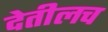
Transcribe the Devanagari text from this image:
देतीलच